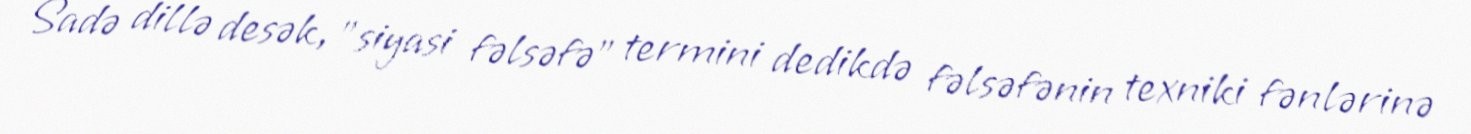
Sadə dillə desək, "siyasi fəlsəfə" termini dedikdə fəlsəfənin texniki fənlərinə